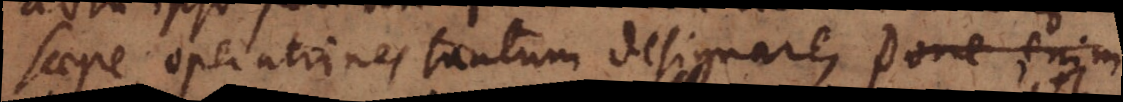
saepe operationes tantum designare,